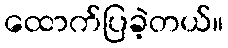
ထောက်ပြခဲ့တယ်။